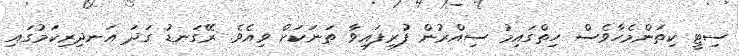
ސިޓީ ކިތަންމެހާވެސް ހިތްގައިމު ސިއްރުން ފުރިފައިވާ ތަނަކަށް ވިއެވެ. ރޭގަނޑު ގަދަ އަނދިރިކަމުގައި